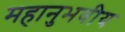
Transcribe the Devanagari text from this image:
महानुभवीय